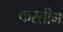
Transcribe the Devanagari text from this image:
कस्तीग